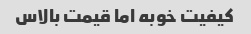
کیفیت خوبه اما قیمت بالاس